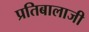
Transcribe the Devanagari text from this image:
प्रतिबालाजी